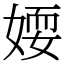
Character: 𡞾